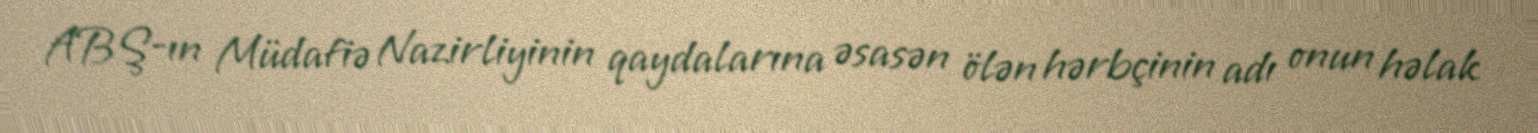
ABŞ-ın Müdafiə Nazirliyinin qaydalarına əsasən ölən hərbçinin adı onun həlak